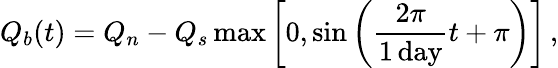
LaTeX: Q_{b}(t)=Q_{n}-Q_{s}\operatorname*{max}\left[0,\sin\left(\frac{2\pi}{1\, \mathrm{day}}t+\pi\right)\right]\, ,